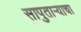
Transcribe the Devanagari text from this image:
सापुताऱ्याचा